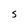
Character: S